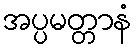
အပ္ပမတ္တာနံ